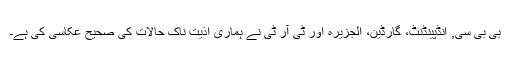
بی بی سی, انڈپینڈنٹ، گارڈین، الجزیرہ اور ٹی آر ٹی نے ہماری اذیت ناک حالات کی صحیح عکاسی کی ہے۔